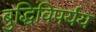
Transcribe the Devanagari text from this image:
बुद्धिविपर्यय